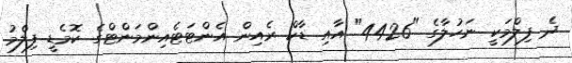
ދެ ފިލްމަކީ ނަހުލާގެ "4426" އާއި ޑާކް ރެއިން އެންޓަޓެއިންމަންޓްގެ ކޮމެޑީ ފިލްމު